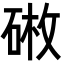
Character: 𪿥